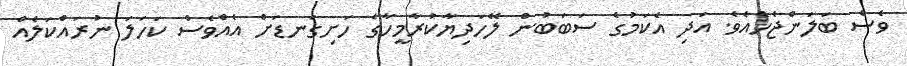
ވެސް ބަލަންޖެހެއެވެ. އަދި އެކަމުގެ ސަބަބުން ލޭހަދިޔާކުރާމީހާގެ ހަށިގަނޑަށް އެއްވެސް ކަހަލަ ނުރައްކަލެއް